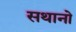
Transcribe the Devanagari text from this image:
सथानो